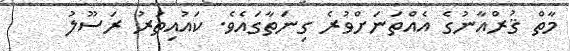
މާތް ޤުރްއާނުގެ އެއްތަނަށްވުރެ ގިނަތާގައެވެ. ކައުއިތުރު ރަސޫލު